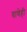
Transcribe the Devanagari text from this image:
वाणेही